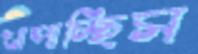
খাপাচ্ছিস